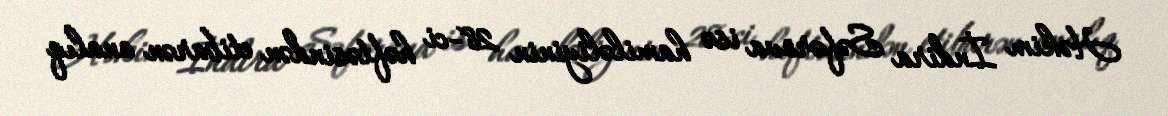
Həkim İndira Səfərova isə hamiləliyinin 28-ci həftəsindən etibarən analıq